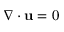
\nabla \cdot \mathbf { u } = 0